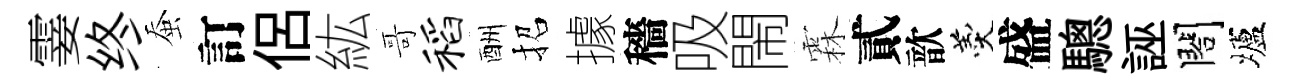
霎终蚕訂侶紘哥稻酬招據穡吸閙霖貳歆羹盛驄誣閤壚